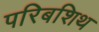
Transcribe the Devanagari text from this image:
परिबशिथ